Report of the Municipal Commissioner on the plague in Bombay for the year ending 31st May... - Volume 3
Disease focus: Plague
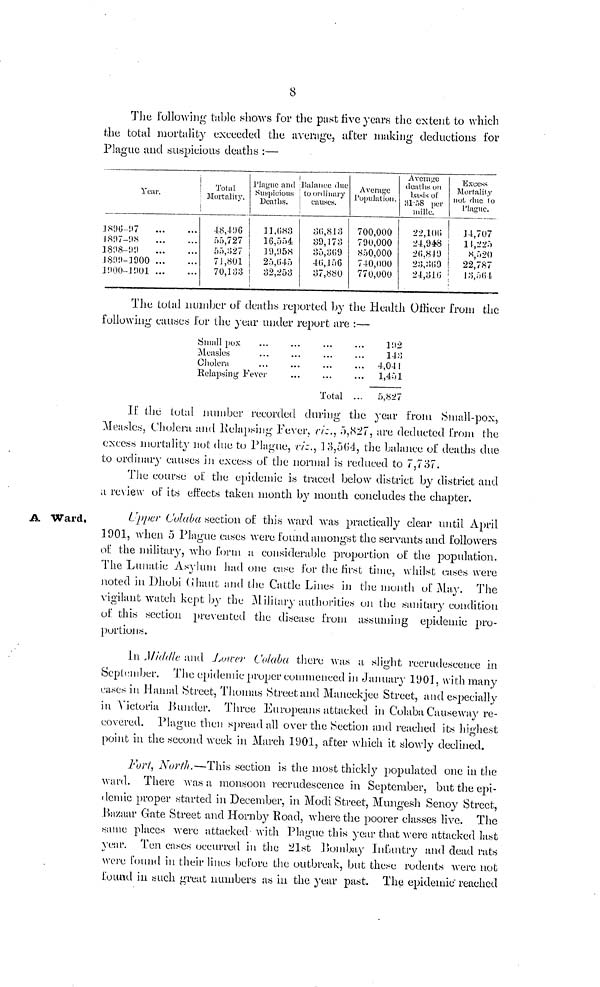
8
The following table shows for the past five years the extent to which
the total mortality exceeded the average, after making deduction« for
Plague and suspicious deaths :—
Year.
1896-97
1897-98
1898-99
1899-1900
1900-1901
Total
Mortality.
48,496
55,727
55,327
71,801
70,133
Plague and
Suspicious
Deaths.
11,683
16,554
19,958
25,045
32,253
Balance due
to ordinary
causes.
36,813
39,173
35,369
46,156
37,880
Average
Population.
700,000
790,000
850,000
740,000
770,000
Average
deaths un
basis of
31.58 per
mille.
22,100
24,948
26,849
23,309
24,316
Excess
Mortality
not due to
Plague
14,707
14,225
8,520
22,787
13,564
The total number of deaths reported by the Health Officer from the
following causes for the year under report are :—
Small pox
Measles
Cholera
Relapsing Fever
Total ...
192
143
4,041
1,451
5,827
If the total number recorded during the year from Small-pox,
Measles, Cholera and Relapsing Fever, viz., 5,827, are deducted from the
excess mortality not due to Plague, viz, 13,564, the balance of deaths due
to ordinary causes in excess of the normal is reduced to 7,737.
The course of the epidemic is traced below district by district and
a review of its effects taken month by month concludes the chapter.
A Ward.
Upper Colaba section of this ward was practically clear until April
1901, when 5 Plague cases were found amongst the servants and followers
of the military, who form a considerable proportion of the population.
The Lunatic Asylum had one case for the first time, whilst cases were
noted in Dhobi Ghaut and the Cattle Lines in the month of May. The
vigilant watch kept by the Military authorities on the sanitary condition
of this section prevented the disease from assuming epidemic pro-
portions.
In Middle and Lower Colaba there was a slight recrudescence in
September. The epidemic proper commenced in January 1901, with many
cases in Hamal Street, Thomas Street and Maneekjee Street, and especially
in Victoria Bunder. Three Europeans attacked in Colaba Causeway re-
covered. Plague then spread all over the Section and reached its highest
point in the second week in March 1901, after which it slowly declined.
Fort, North.—This section is the most thickly populated one in the
ward. There was a monsoon recrudescence in September, but the epi-
demic proper started in December, in Modi Street, Mungesh Senoy Street,
Bazaar Gate Street and Hornby Road, where the poorer classes live. The
same places were attacked with Plague this year that were attacked last
year. Ten cases occurred in the 21st Bombay Infantry and dead rats
were found in their lines before the outbreak, but these rodents were not
found in such great numbers as in the year past. The epidemic reached